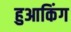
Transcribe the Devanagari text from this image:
हुआकिंग